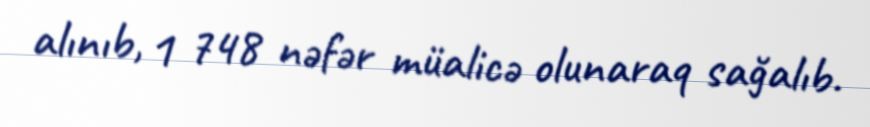
alınıb, 1 748 nəfər müalicə olunaraq sağalıb.